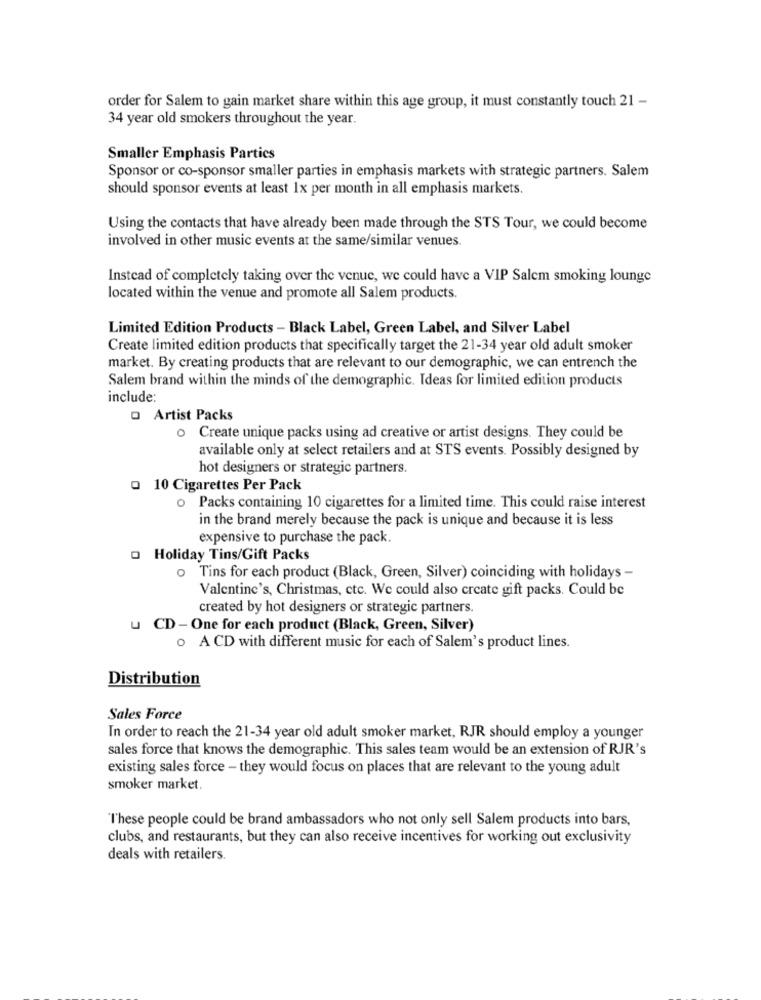
order for Salem to gain market share within this age group, it must constantly touch 21 -
34 year old smokers throughout the year.
Smaller Emphasis Partics
Sponsor or co-sponsor smaller parties in emphasis markets with strategic partners. Salem
should sponsor events at least 1x per month in all emphasis markets.
Using the contacts that have already been made through the STS Tour, we could become
involved in other music events at the same/similar venues.
Instead of completely taking over the venue, we could have a VIP Salem smoking lounge
located within the venue and promote all Salem products.
Limited Edition Products - Black Label, Green Label, and Silver Label
Create limited edition products that specifically target the 21-34 year old adult smoker
market. By creating products that are relevant to our demographic, we can entrench the
Salem brand within the minds of the demographic. Ideas for limited edition products
include:
O Artist Packs
o Create unique packs using ad creative or artist designs. They could be
available only at select retailers and at STS events. Possibly designed by
hot designers or strategic partners.
- 10 Cigarettes Per Pack
o Packs containing 10 cigarettes for a limited time. This could raise interest
in the brand merely because the pack is unique and because it is less
expensive to purchase the pack.
o Holiday Tins/Gift Packs
o Tins for each product (Black, Green, Silver) coinciding with holidays -
Valentine's, Christmas, ctc. We could also create gift packs. Could be
created by hot designers or strategic partners.
u CD - One for each product (Black, Green, Silver)
o A CD with different music for each of Salem's product lines.
Distribution
Sales Force
In order to reach the 21-34 year old adult smoker market, RJR should employ a younger
sales force that knows the demographic. This sales team would be an extension of RJR's
existing sales force - they would focus on places that are relevant to the young adult
smoker market.
These people could be brand ambassadors who not only sell Salem products into bars,
clubs, and restaurants, but they can also receive incentives for working out exclusivity
deals with retailers.